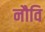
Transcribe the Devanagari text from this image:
नौवि